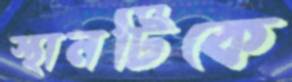
স্থানটিকে